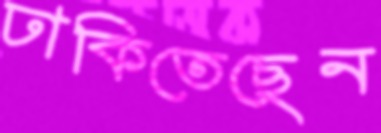
ঢাকিতেছেন